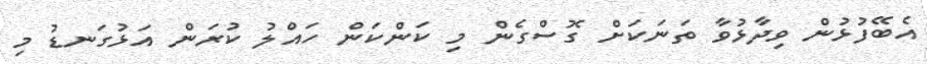
އެބޭފުޅުން ވިދާޅުވާ ތަނަކަށް ގޮސްގެން މި ކަންކަން ހައްލު ކުރަން އަޅުގަނޑު މި